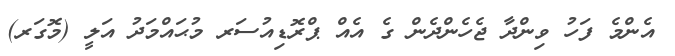
އެންމެ ފަހު ވިންދާ ޖެހެންދެން ގެ އެއް ޕްރޮޑިއުސަރ މުޙައްމަދު އަލީ (މޮގަރ)